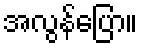
အလွန်ပြော။